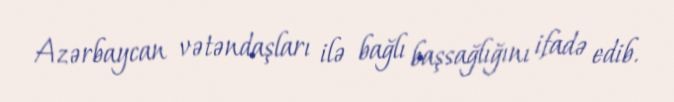
Azərbaycan vətəndaşları ilə bağlı başsağlığını ifadə edib.